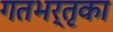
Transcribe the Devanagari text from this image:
गतभर्तृका